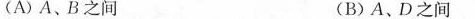
(A)A、B之间 (B)A、D之间